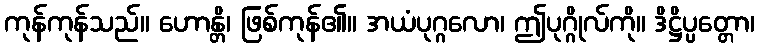
ကုန်ကုန်သည်။ ဟောန္တိ၊ ဖြစ်ကုန်၏။ အယံပုဂ္ဂလော၊ ဤပုဂ္ဂိုလ်ကို။ ဒိဋ္ဌိပ္ပတ္တော၊